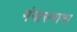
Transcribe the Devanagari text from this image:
गंगास्नाना